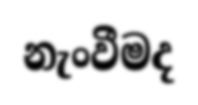
නැංවීමද